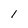
Character: l